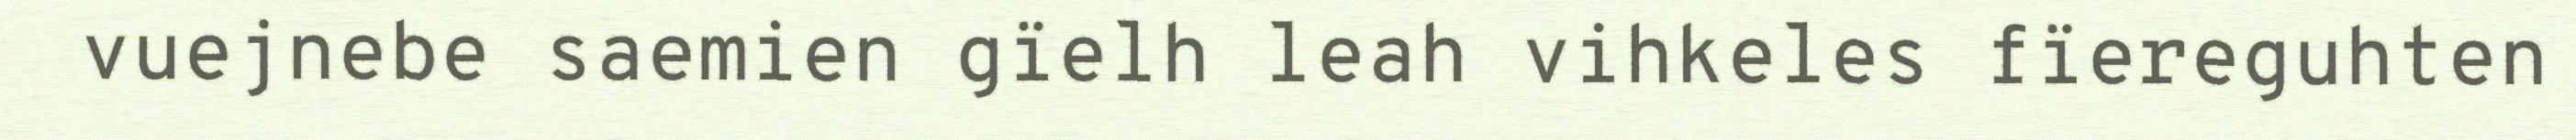
vuejnebe saemien gïelh leah vihkeles fïereguhten